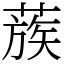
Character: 蔟